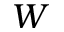
W